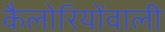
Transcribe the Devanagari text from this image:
कैलोरियोंवाली